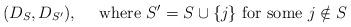
LaTeX: \begin{align*}(D_S, D_{S'}),\quad\textrm{ where }S' = S \cup\{j\}\textrm{ for some }j\notin S \end{align*}